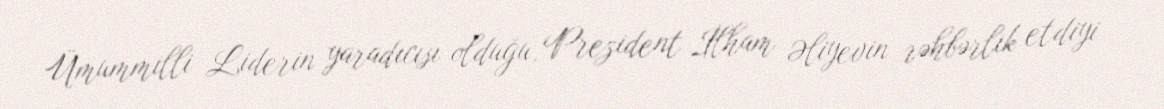
Ümummilli Liderin yaradıcısı olduğu, Prezident İlham Əliyevin rəhbərlik etdiyi